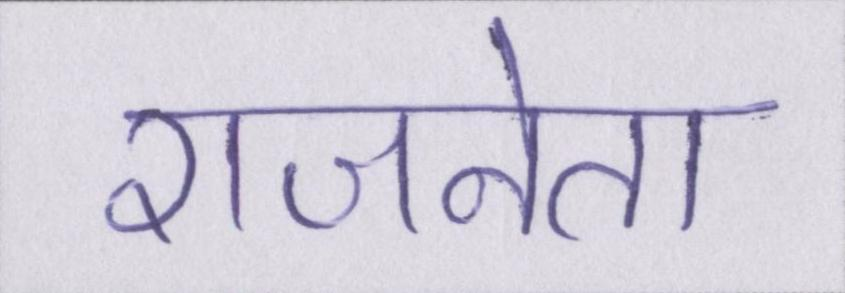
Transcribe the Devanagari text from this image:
राजनेता